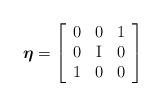
LaTeX: \begin{align*} \boldsymbol{\eta}=\left[ \begin{array}{ccc} 0 & 0 & 1 \\ 0 & \mathrm{I} & 0 \\ 1 & 0 & 0 \\ \end{array} \right] \end{align*}